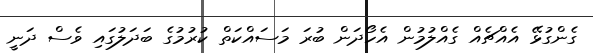
ގެންގުޅޭ އެއްޗެއް ގެއްލުމުން އެހޯދަން ބުރަ މަސައްކަތް ކުރުމުގެ ބަދަލުގައި ވެސް ދަނީ